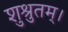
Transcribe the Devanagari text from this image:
शुश्रुतम्।